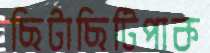
ছিটাছিটিপাক